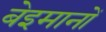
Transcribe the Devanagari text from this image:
बेइमानों